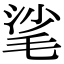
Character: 㲚